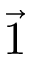
\vec { 1 }